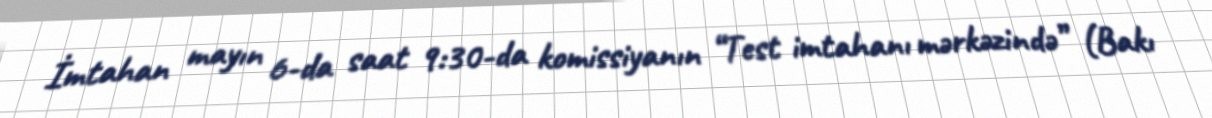
İmtahan mayın 6-da saat 9:30-da komissiyanın “Test imtahanı mərkəzində” (Bakı